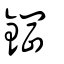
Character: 鋼